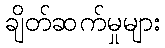
ချိတ်ဆက်မှုများ